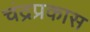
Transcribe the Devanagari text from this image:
चंद्रप्रकास